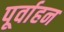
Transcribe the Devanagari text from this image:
पूर्वाहन